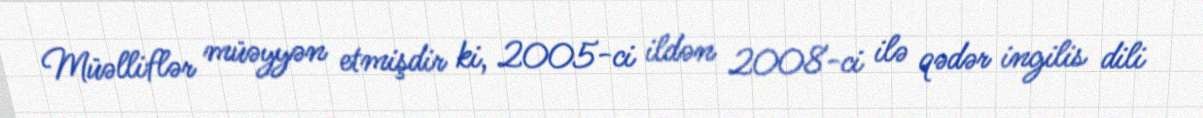
Müəlliflər müəyyən etmişdir ki, 2005-ci ildən 2008-ci ilə qədər ingilis dili